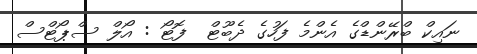
ނައިކް ބްރޭންޑްގެ އެންމެ ފަހުގެ ދެބޫޓް  ފޮޓޯ : އޯލް ސްޕޯޓްސް